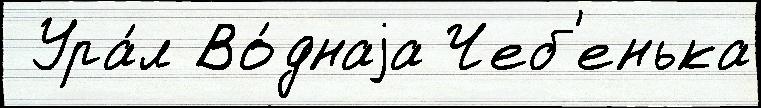
 Ура́л Во́днаjа Чеб'енька